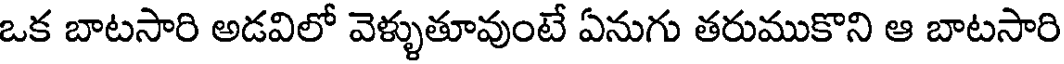
ఒక బాటసారి అడవిలో వెళ్ళుతూవుంటే ఏనుగు తరుముకొని ఆ బాటసారి